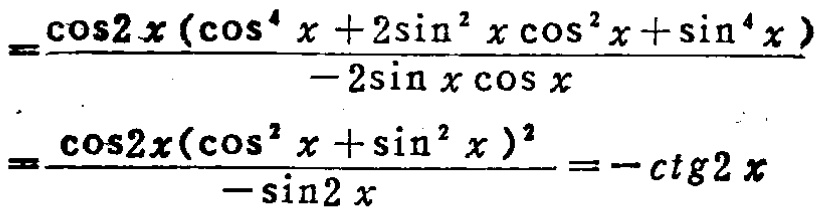
\[

=\frac{\cos 2x(\cos ^{4}x + 2\sin ^{2}x\cos ^{2}x+\sin ^{4}x)}{-2\sin x\cos x} \\

=\frac{\cos 2x(\cos ^{2}x+\sin ^{2}x)^{2}}{-\sin 2x}=-ctg2x

\]